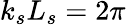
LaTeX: k_{s}L_{s}=2\pi